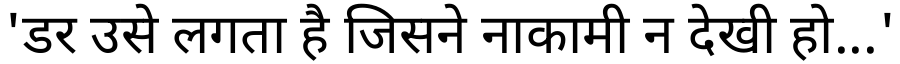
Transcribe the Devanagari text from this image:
'डर उसे लगता है जिसने नाकामी न देखी हो...'